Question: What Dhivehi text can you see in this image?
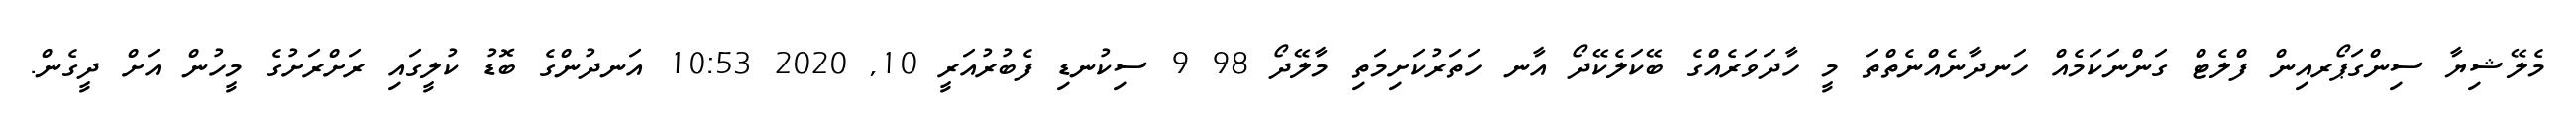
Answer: މެލޭޝިޔާ ސިންގަޕޯރއިން ފްލެޓް ގަންނަކަމެއް ހަނދާނެއްނެތްތަ މީ ހާދަވަރެއްގެ ބޭކަލެކޭދޯ އާނ ހަތަރުކަށިމަތި މާލޭދޯ 98 9 ސިކުނޑި ފެބުރުއަރީ 10, 2020 10:53 އަނދުންގެ ބޮޑު ކުލީގައި ރަށްރަށުގެ މީހުން އަށް ދީގެން.